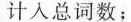
计入总词数；